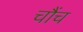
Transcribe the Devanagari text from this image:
चौंच